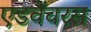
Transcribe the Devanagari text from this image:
एडवेंचरस